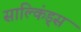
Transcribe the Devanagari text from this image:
साल्किंड्स